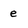
Character: e